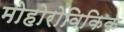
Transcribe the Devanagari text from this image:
मोहोरोविकिक